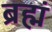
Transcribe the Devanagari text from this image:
ब्रह्मं